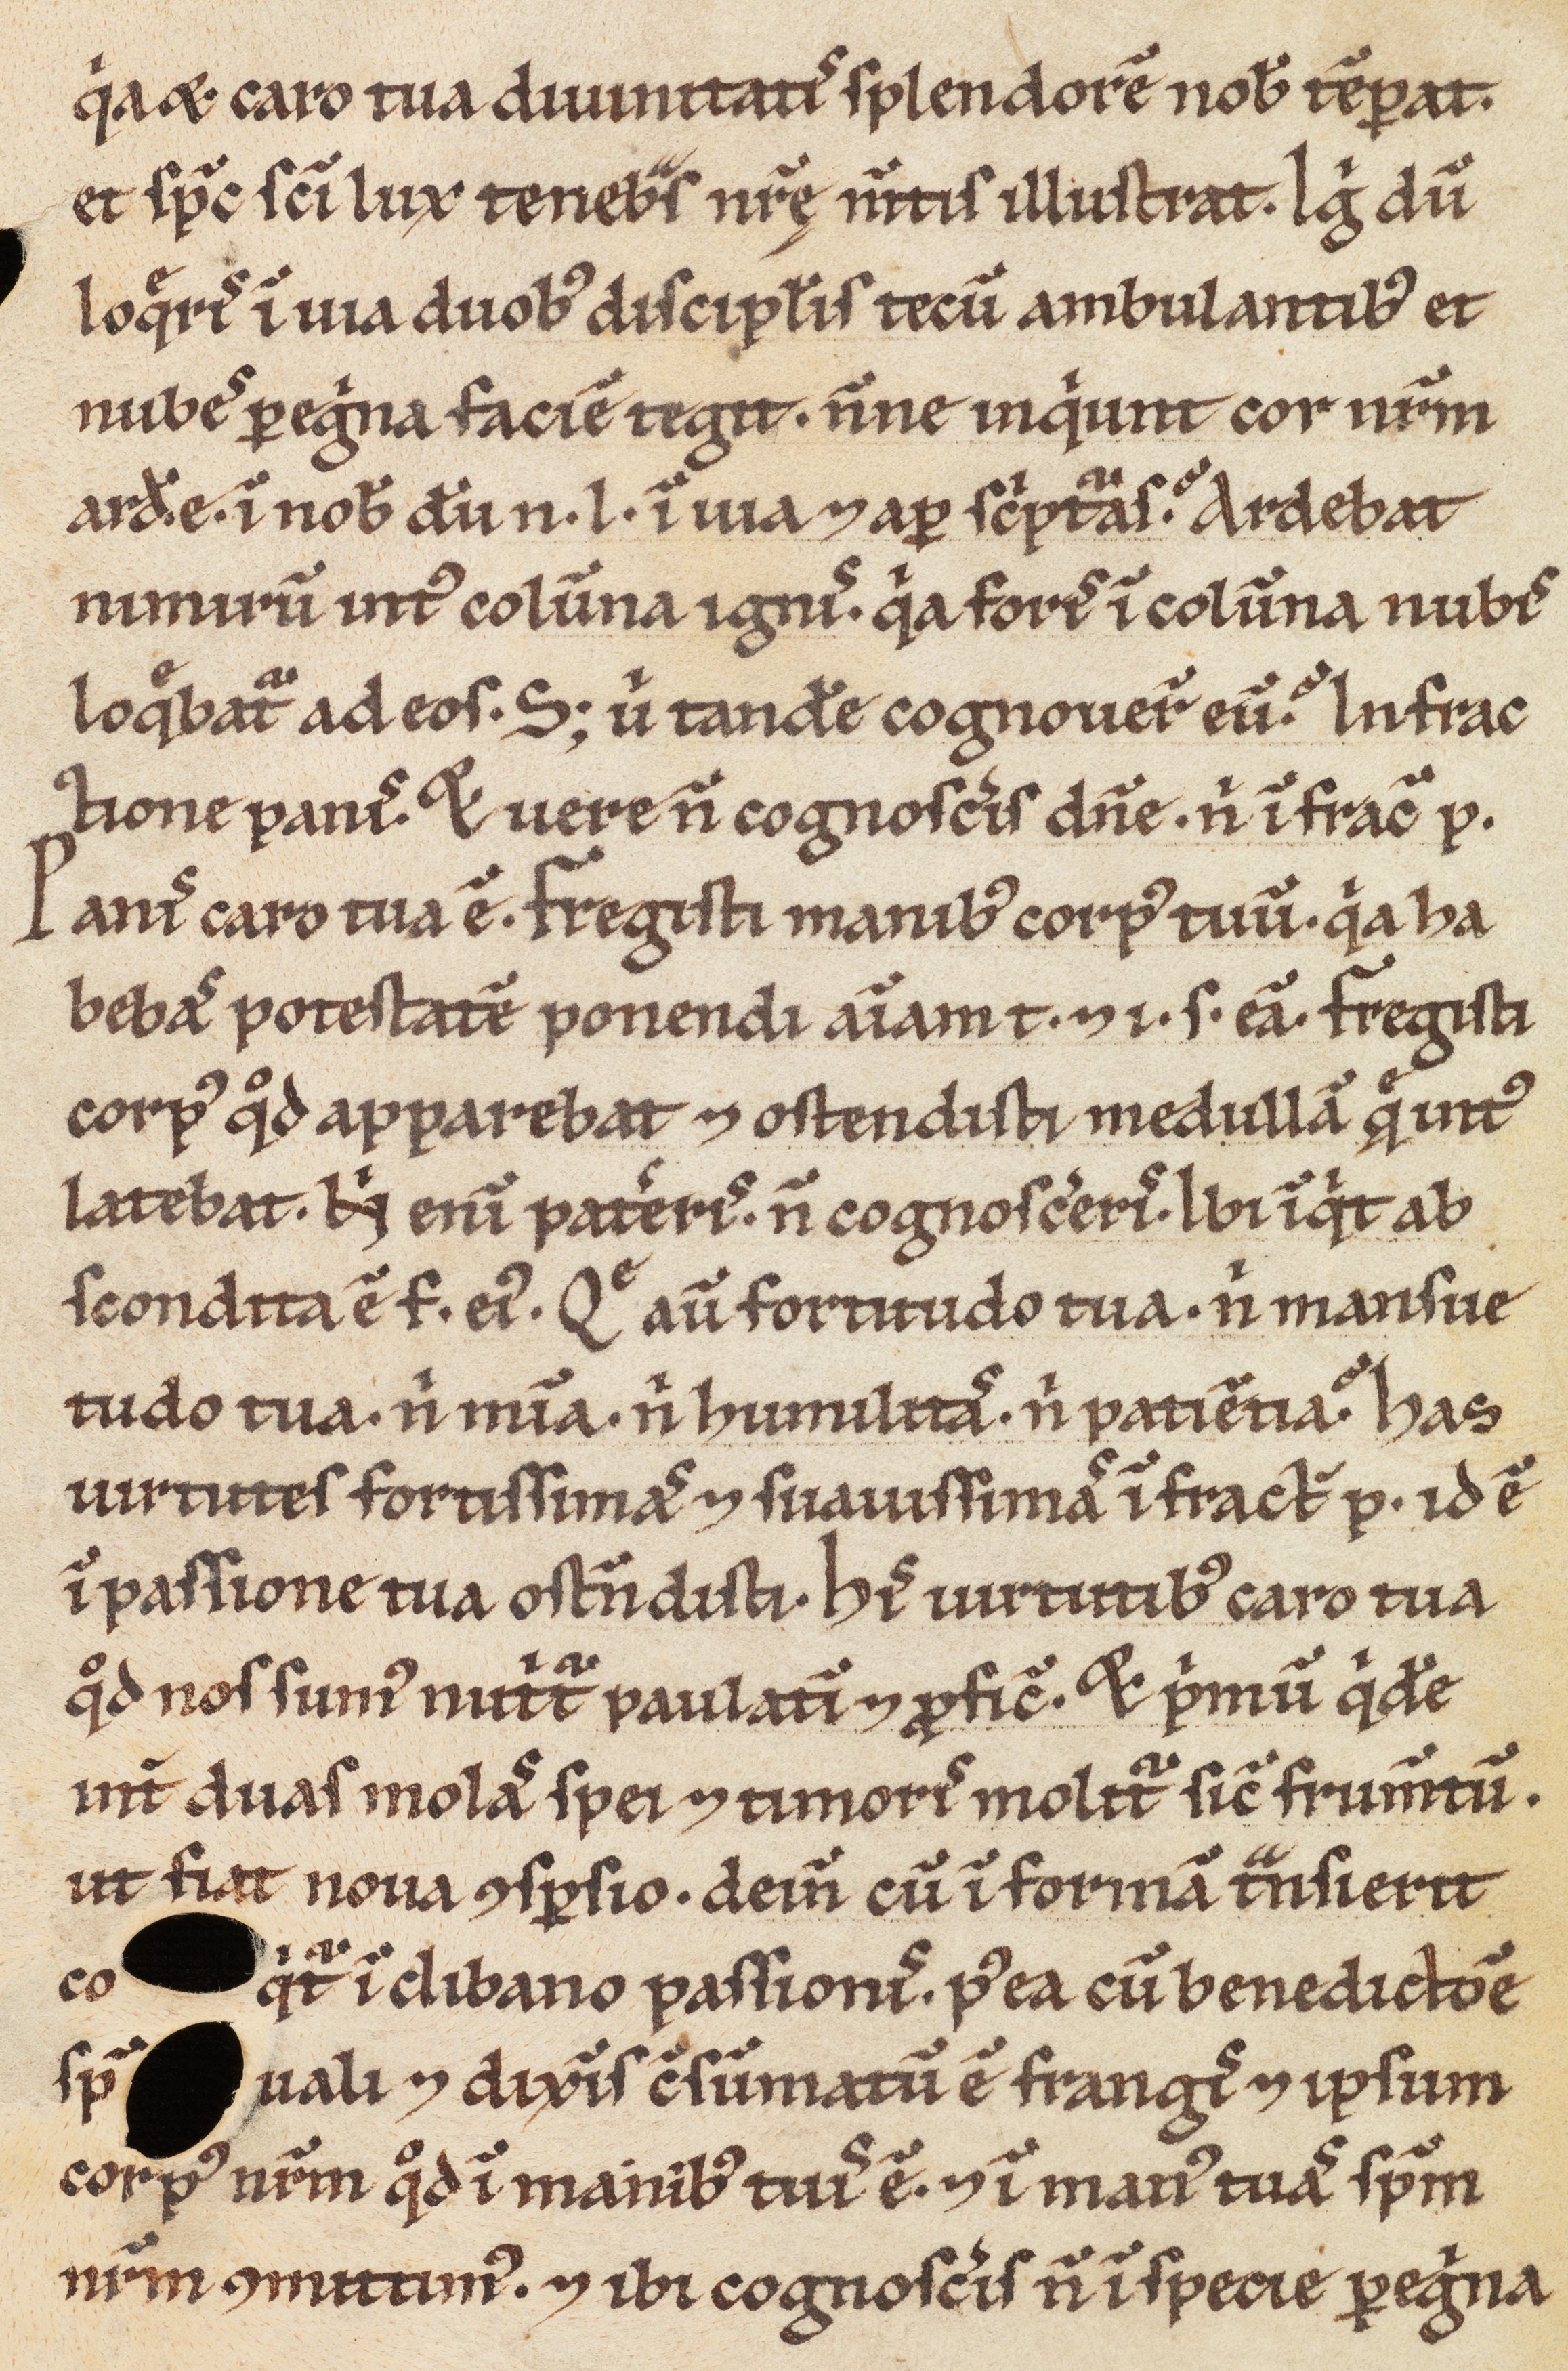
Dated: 900–1099